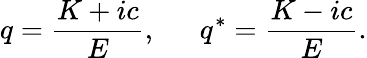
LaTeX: q=\frac{K+ic}{E},~~~~~~q^{*}=\frac{K-ic}{E}.